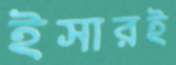
ইসারই